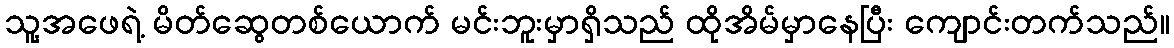
သူ့အဖေရဲ့ မိတ်ဆွေတစ်ယောက် မင်းဘူးမှာရှိသည် ထိုအိမ်မှာနေပြီး ကျောင်းတက်သည်။